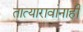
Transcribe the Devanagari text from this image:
तात्यारावांनाही